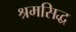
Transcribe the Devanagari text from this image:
श्रमसिद्ध